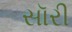
સૉરી